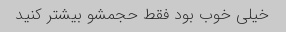
خیلی خوب بود فقط حجمشو بیشتر کنید